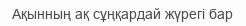
Ақынның ақ сұңқардай жүрегі бар